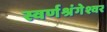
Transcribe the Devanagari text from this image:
स्वर्णश्रंगेश्वर